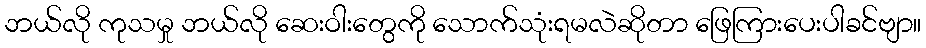
ဘယ်လို ကုသမှု ဘယ်လို ဆေးဝါးတွေကို သောက်သုံးရမလဲဆိုတာ ဖြေကြားပေးပါခင်ဗျာ။